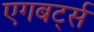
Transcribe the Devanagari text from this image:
एगबर्ट्स